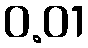
0.01